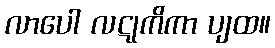
လာပေါ လဋုကိကာ ပျထ။